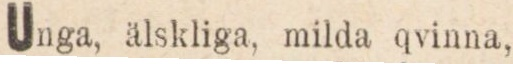
Unga, älskliga, milda qvinna,